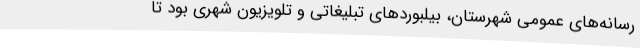
رسانه‌های عمومی شهرستان، بیلبوردهای تبلیغاتی و تلویزیون شهری بود تا